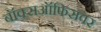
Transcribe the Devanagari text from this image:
बॉक्सऑफिसवर